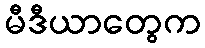
မီဒီယာတွေက